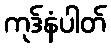
ကုဒ်နံပါတ်